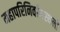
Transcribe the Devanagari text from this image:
महापरिनिर्वाणस्थली